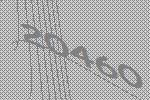
20460